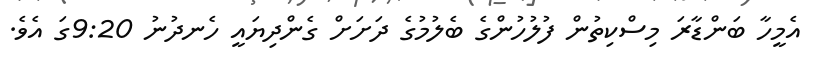
އެމީހާ ބަންޑާރަ މިސްކިތުން ފުލުހުންގެ ބެލުމުގެ ދަަށަށް ގެންދިޔައީ ހެނދުނު 9:20ގަ އެވެ.